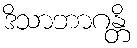
ဒိသာဘာဂန္တိ